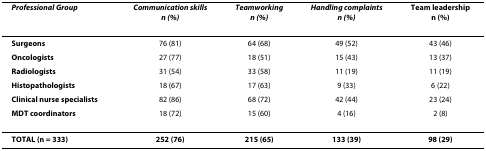
<table><thead><tr><td><b><i>Professional Group</i></b></td><td><b><i>Communication skills</i><i>n (%)</i></b></td><td><b><i>Teamworking</i><i>n (%)</i></b></td><td><b><i>Handling complaints</i><i>n (%)</i></b></td><td><b>Team leadershipn (%)</b></td></tr></thead><tbody><tr><td><b>Surgeons</b></td><td>76 (81)</td><td>64 (68)</td><td>49 (52)</td><td>43 (46)</td></tr><tr><td><b>Oncologists</b></td><td>27 (77)</td><td>18 (51)</td><td>15 (43)</td><td>13 (37)</td></tr><tr><td><b>Radiologists</b></td><td>31 (54)</td><td>33 (58)</td><td>11 (19)</td><td>11 (19)</td></tr><tr><td><b>Histopathologists</b></td><td>18 (67)</td><td>17 (63)</td><td>9 (33)</td><td>6 (22)</td></tr><tr><td><b>Clinical nurse specialists</b></td><td>82 (86)</td><td>68 (72)</td><td>42 (44)</td><td>23 (24)</td></tr><tr><td><b>MDT coordinators</b></td><td>18 (72)</td><td>15 (60)</td><td>4 (16)</td><td>2 (8)</td></tr><tr><td><b>TOTAL (n = 333)</b></td><td><b>252 (76)</b></td><td><b>215 (65)</b></td><td><b>133 (39)</b></td><td><b>98 (29)</b></td></tr></tbody></table>